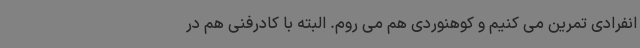
انفرادی تمرین می کنیم و کوهنوردی هم می روم. البته با کادرفنی هم در